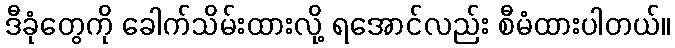
ဒီခုံတွေကို ခေါက်သိမ်းထားလို့ ရအောင်လည်း စီမံထားပါတယ်။